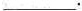
___.